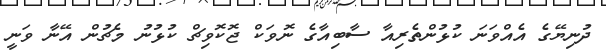
ދުނިޔޭގެ އެއްވަނަ ކުޅުންތެރިއާ ސާބިއާގެ ނޮވަކް ޖޮކޮވިޗް ކުޅުނު މެޗުން އޭނާ ވަނީ